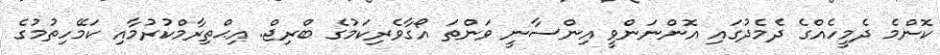
ކޮންމެ ދެމީހެއްގެ ދެމެދުގައި އޮންނަންވީ އިންސާނީ ވަންތަ އޯގާވެރިކަމުގެ ބްރިޖް. އިޙްތިރާމްކުރުމާއި ކަމޭހިތުމުގެ